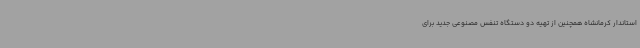
استاندار کرمانشاه همچنین از تهیه دو دستگاه تنفس مصنوعی جدید برای